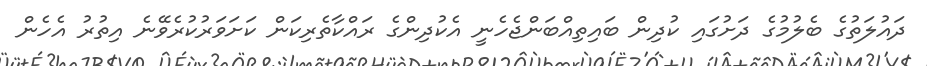
ދައުލަތުގެ ބެލުމުގެ ދަށުގައި ކުދިން ބައިތިއްބަންޖެހެނީ އެކުދިންގެ ރައްކާތެރިކަން ކަށަވަރުކުރެވޭނެ އިތުރު އެހެން